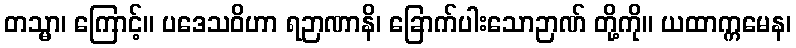
တသ္မာ၊ ကြောင့်။ ပဒေသဝိဟာ ရဉာဏာနိ၊ ခြောက်ပါးသောဉာဏ် တို့ကို။ ယထာက္ကမေန၊